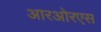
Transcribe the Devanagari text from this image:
आरओरएस